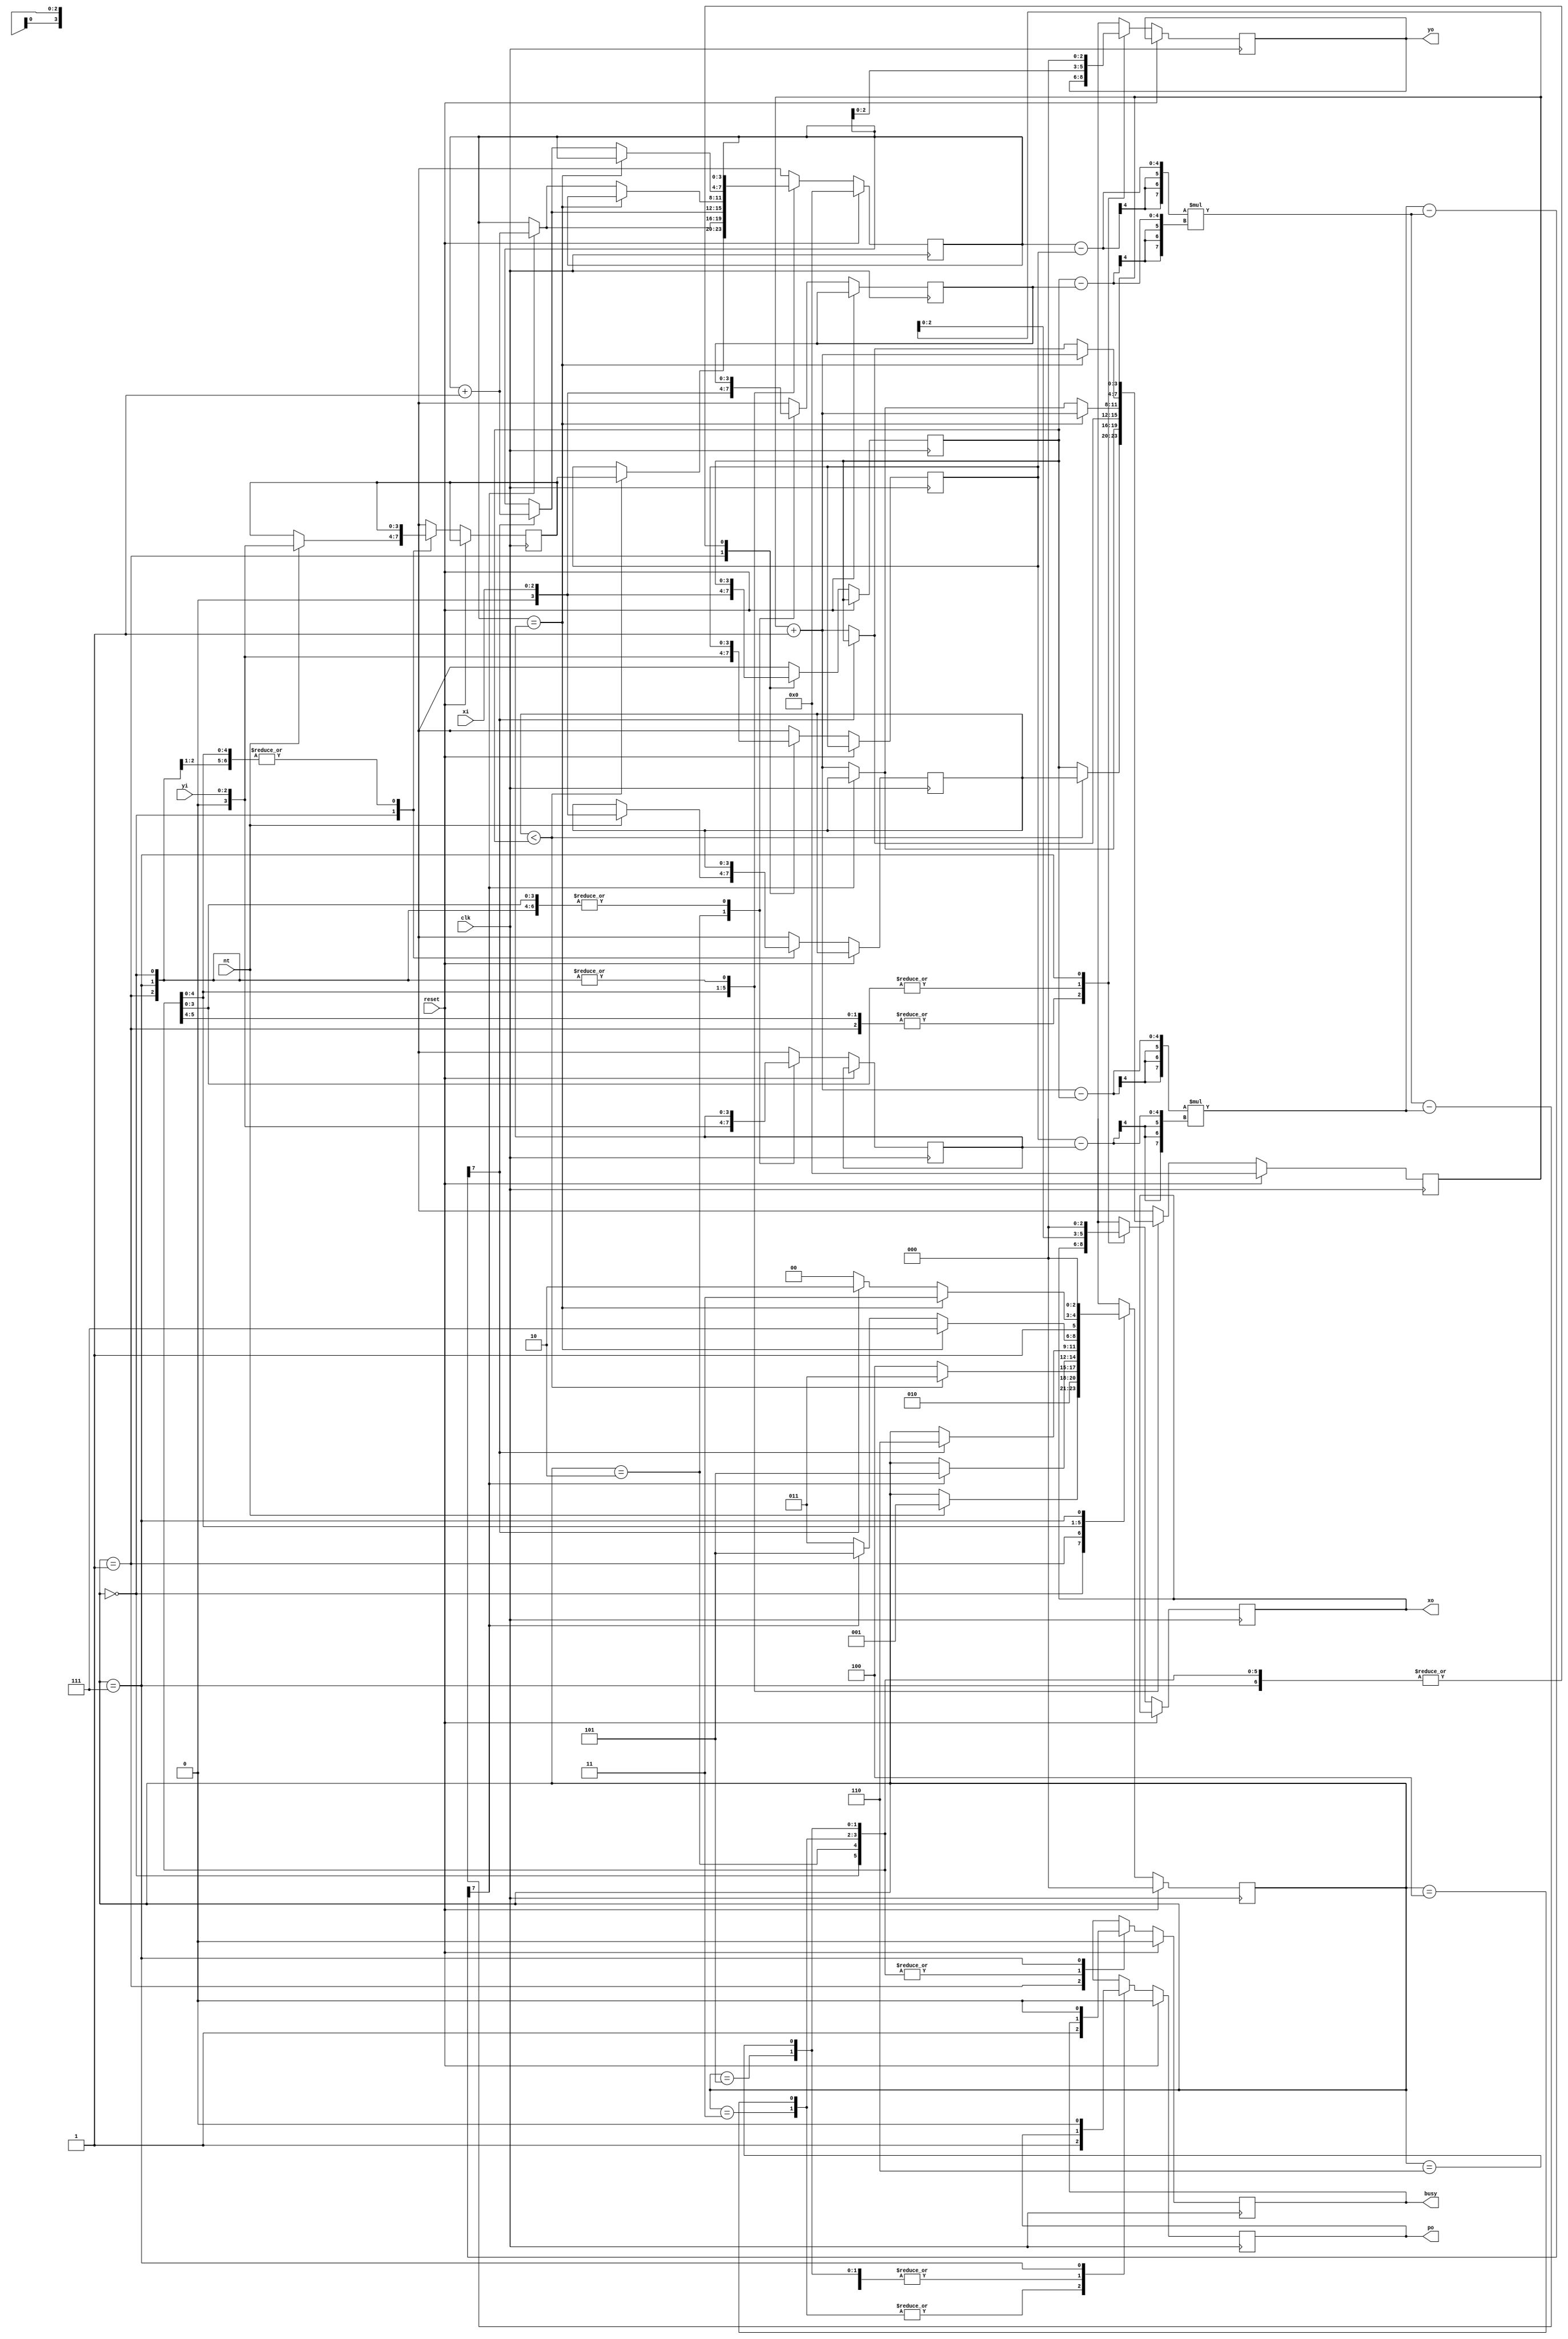
module triangle (clk, reset, nt, xi, yi, busy, po, xo, yo);
	input clk, reset, nt;
	input [2:0] xi, yi;
	output busy, po;
	output [2:0] xo, yo;
	
	reg busy, po;
	reg [2:0] xo, yo;
	reg [3:0] x1, x2, x3, xt, y1, y2, y3, yt;	//123 index for peak coordinate, t for temporary reg 
	reg [2:0] state;
	reg signed [7:0] line;
	
	parameter s0 = 3'b000,	//initial state
			  s1 = 3'b001,	//Load input2
			  s2 = 3'b010,	//Load input3
			  s3 = 3'b011,	//x1<x2 move right
			  s4 = 3'b100,	//x1>x2 move right
			  s5 = 3'b101,	//x1<x2 move up
			  s6 = 3'b110,	//x1>x2 move up
			  s7 = 3'b111;	//stop
	always@(posedge clk)
	begin
		if(reset)
		begin
			state = s0;
			po = 0;
			xt = 0;
			yt = 0;
			busy = 0;
		end
		else
		begin
			case(state)
			s0:				//initial state
			begin
				if(nt)
				begin
					x1 = {1'b0,xi};
					y1 = {1'b0,yi};
					state = s1;
				end
			end
			
			s1:				//Load x2,y2
			begin
				x2 = {1'b0,xi};
				y2 = {1'b0,yi};
				busy = 1;
				state = s2;
			end

			s2:				//Load x3,y3
			begin
				x3 = {1'b0,xi};
				y3 = {1'b0,yi};
				if(x1 < x2)
				begin
					state = s3;
					xt = x1;
					yt = y1;
				end	
				else	
				begin
					state = s4;
					xt = x2;
					yt = y2;
				end
			end	

			s3:				//For x1<x2 move right
			begin
				xo = xt[2:0];
				yo = yt[2:0];
				po = 1;
				xt = xt+1;
				
				line = (xt-x2)*(y2-y3)-(yt-y2)*(x2-x3);		
				if(line[7])			//if line[7] is 1, then line is negative, meaning that current point is on the right of the line
				begin
					xt = x1;
					yt = yt+1;
					state = s5;
				end
			end
			s4:				//For x1>x2 move right
			begin
				xo = xt[2:0];
				yo = yt[2:0];
				po = 1;
				xt = xt+1;
				
				line = (x2-x3)*(yt-y2)-(xt-x2)*(y2-y3);
				if(line[7])			//if line[7] is 1, then line is negative, meaning that current point is on the left of the line
				begin
					xt = x2;
					yt = yt+1;
					state = s6;
				end
			end
			s5:
			begin
				xo = xt[2:0];
				yo = yt[2:0];
				xt = xt+1;
				
				line = (xt-x2)*(y2-y3)-(yt-y2)*(x2-x3);
				if(yt == y3)
				begin
					state = s7;
				end
				else if(line[7])
				begin
					xt = x1;
					yt = yt+1;
					state = s5;
				end	
				else
				begin
					state = s3;
				end		
			end
			s6:
			begin
				xo = xt[2:0];
				yo = yt[2:0];
				xt = xt+1;
				
				line = (x2-x3)*(yt-y2)-(xt-x2)*(y2-y3);
				if(yt == y3)
				begin
					state = s7;
				end
				else if(line[7])
				begin
					xt = x2;
					yt = yt+1;
					state = s6;
				end	
				else
					state = s4;					
			end
			s7:					//stop state and come back to state 0
			begin
				busy = 0;
				po = 0;
				xo = 3'b0;
				yo = 3'b0;
				state = s0;
			end
			endcase
		end
	end
endmodule